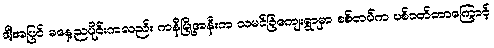
ဒါ့အပြင် မနေ့ညပိုင်းကလည်း ကနီမြို့အနီးက သမင်ခြံကျေးရွာမှာ စစ်တပ်က ပစ်ခတ်တာကြောင့်